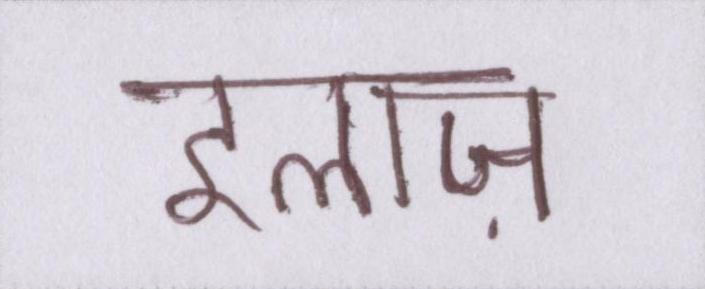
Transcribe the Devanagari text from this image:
इलाज़